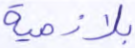
بلازمية